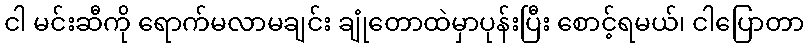
ငါ မင်းဆီကို ရောက်မလာမချင်း ချုံတောထဲမှာပုန်းပြီး စောင့်ရမယ်၊ ငါပြောတာ